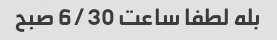
بله لطفا ساعت 6/30 صبح